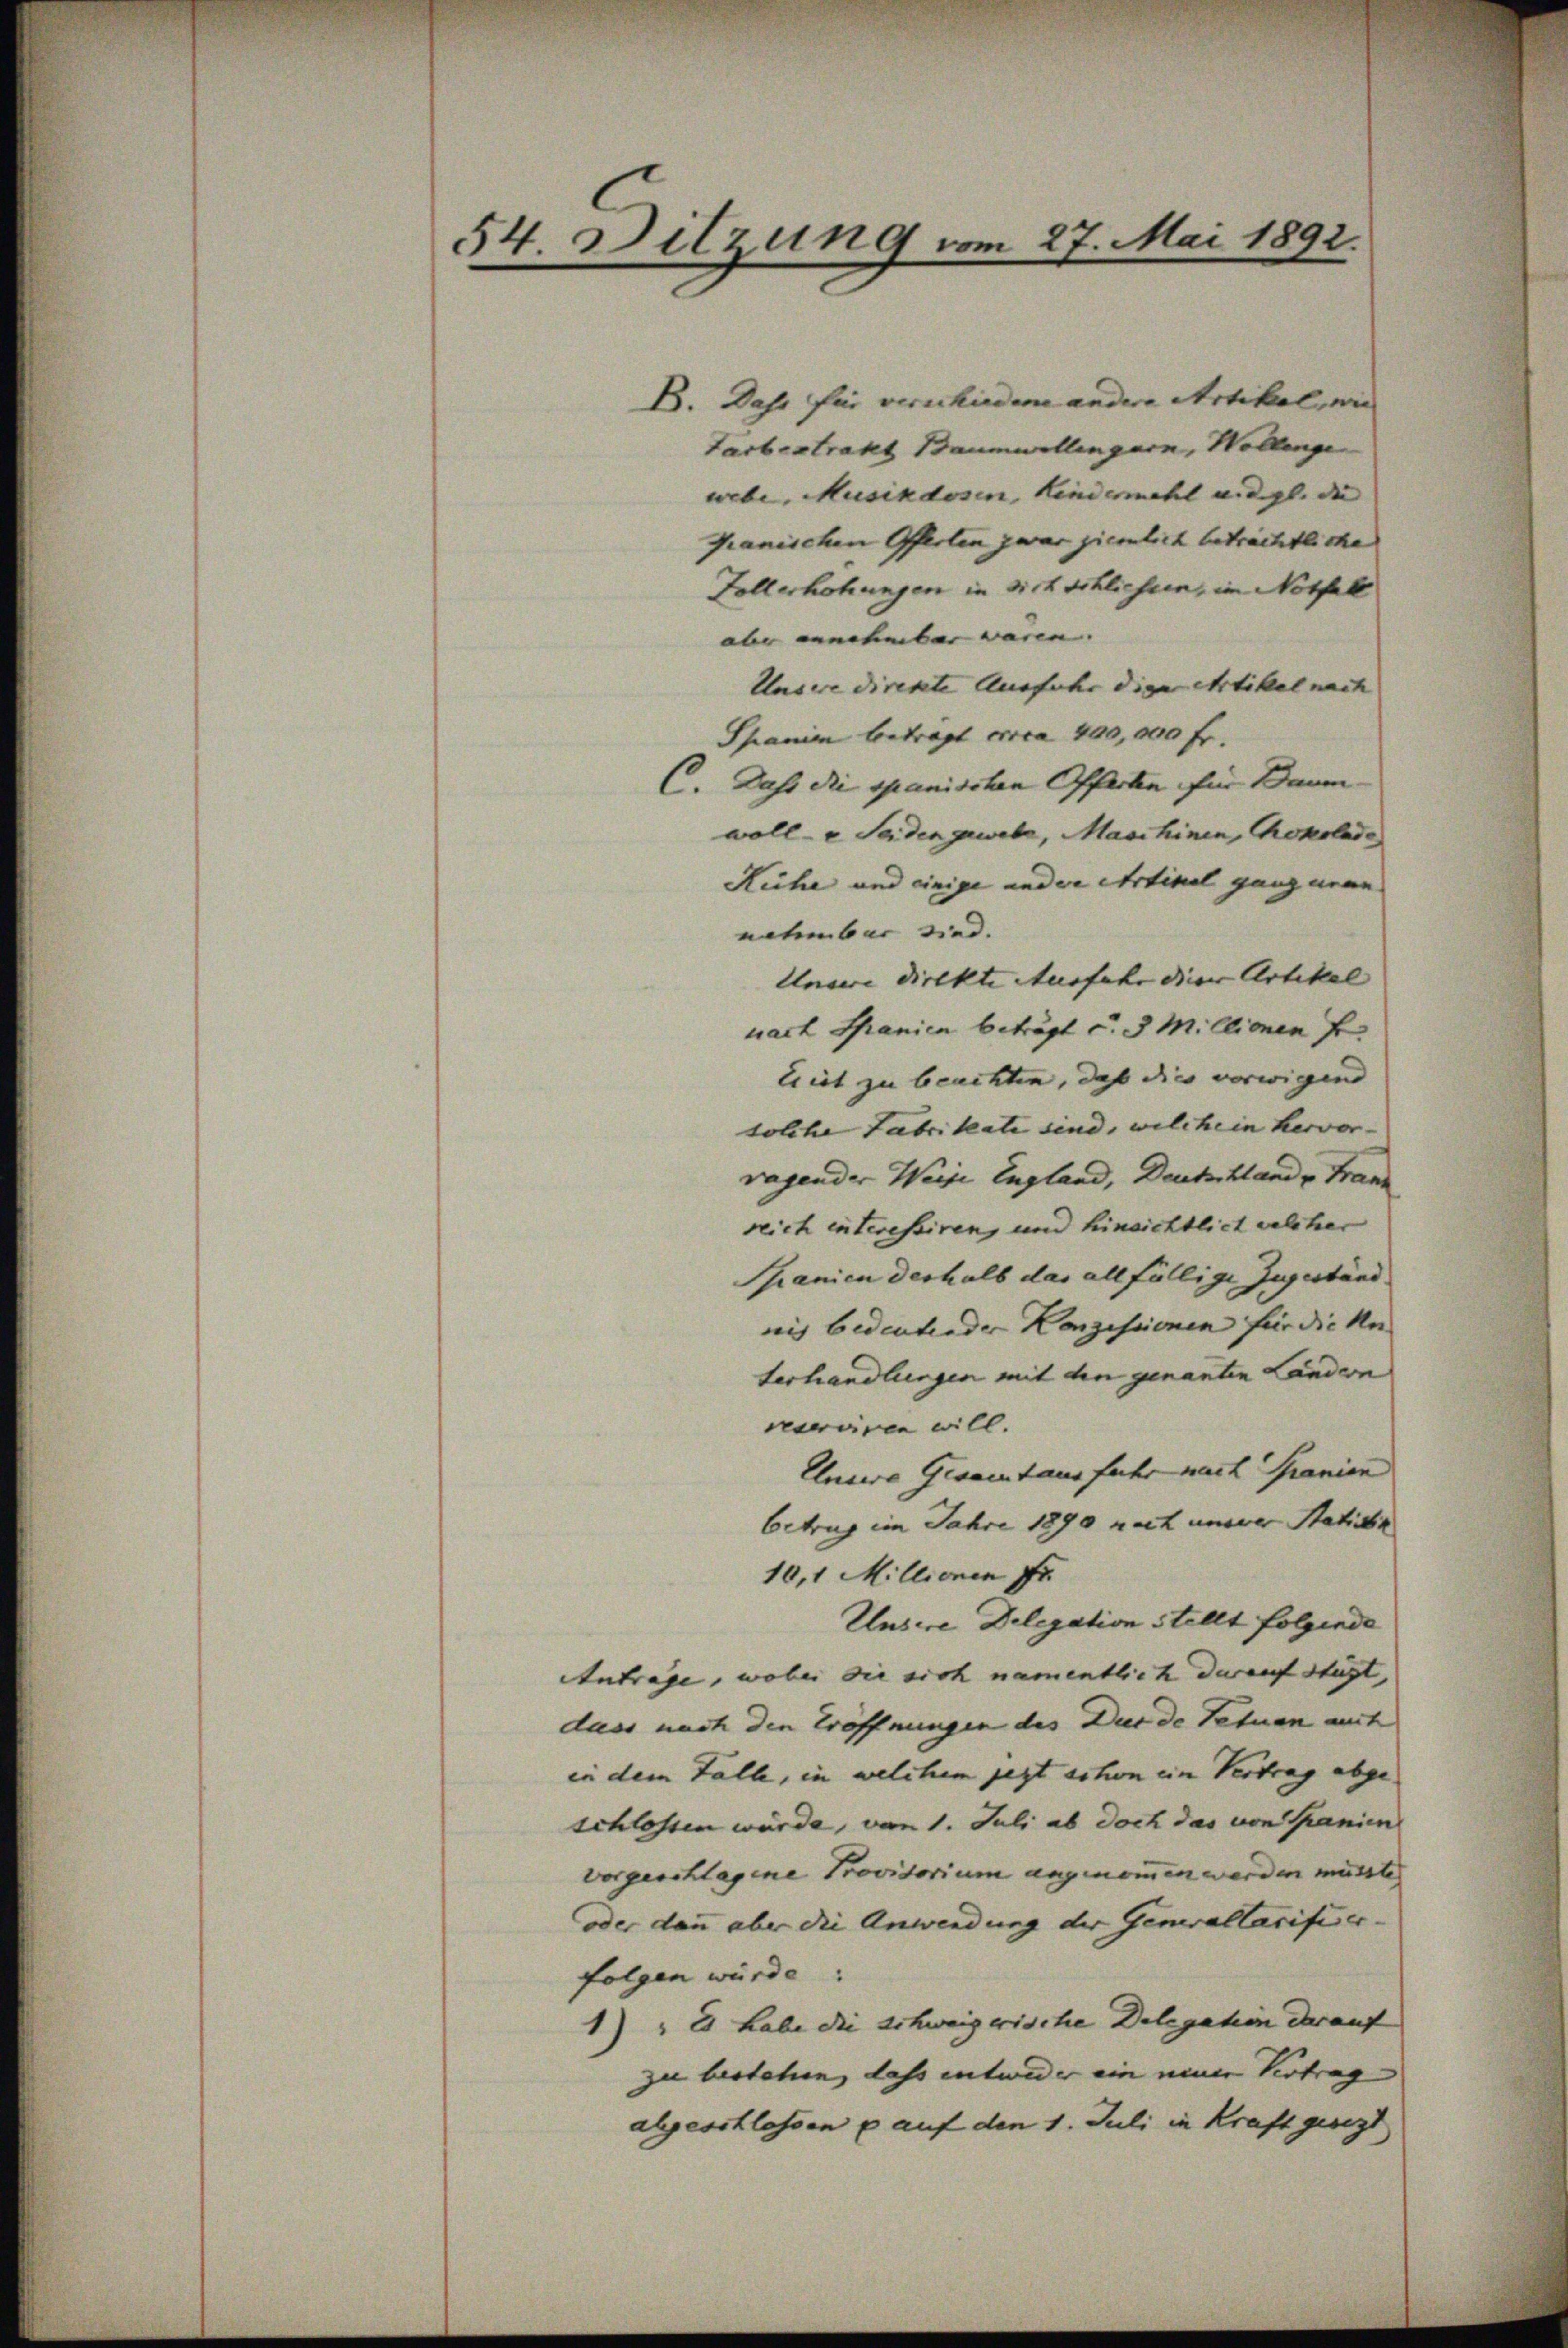
54. Ditzung vom 27. Mai 1892.

B. Das für verschiedene andere Artikel, wie
Farbestrakt Baumwollingern, Wollenge
webe Musikdosen, Kindermahl u. dgl. die |
ganischen Offerlen zwar ziemlich beträchtliche
Follerhöhungen in dich schlichen, im Nothek
abe annehmbar waren. |
Unsere direkte Ausfuhr die Artikel nach |
Spanien betragt circa 400,000 fr.
C. Dass die spanischen Offerten für Baum- |
wolle Seiden gewebe, Maschinen, Chokolade
Rüche und einige ander Artikel ganz neue
natenbar sind.
Undere direkte Ausfahr dieser Artikal |
nach Spanien beträgt u. 3 Millionen f
leist zu beachten, daß dies vorwigen
solche Fabrikate sind, welchein hervor- |
ragender Weise England, Deutschlande Franz
reich interessiren, und hinsichtlich welcher
Spanien deshalb das allfällige Zugeständ
nis bedeutender Konzessionen für die Unterhandlungen mit den genanten Ländern
verviren will.
Elnowo Gesamtausfuhr nach Granien
Betrug im Jahre 1890 nach unsrer Station
10,1 Millionen fr
Unsere Delegation stellt folgende
Antrage, wobei die sich namentlich darauf stigt,
dass nach den Eröffnungen des Durde Tetuen mit
in dem Falle, in welchem jezt schon ein Vertrag abge-
schlossen würde, von 1. Juli ab doch das von Granien
vorgeschlagene Provisorium angenommen werden müsste.
oder dann aber die Anwendung der Generallarifier-
folgen würde.
1) " Es habe die schweizerische Delegation darauf
zu bestehen, dass entweder ein einer Vertrag
abgeschlossen u auf den 1. Juli in Kraft gesezt